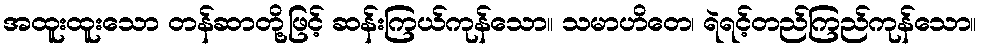
အထူးထူးသော တန်ဆာတို့ဖြင့် ဆန်းကြယ်ကုန်သော။ သမာဟိတေ၊ ရဲရင့်တည်ကြည်ကုန်သော။